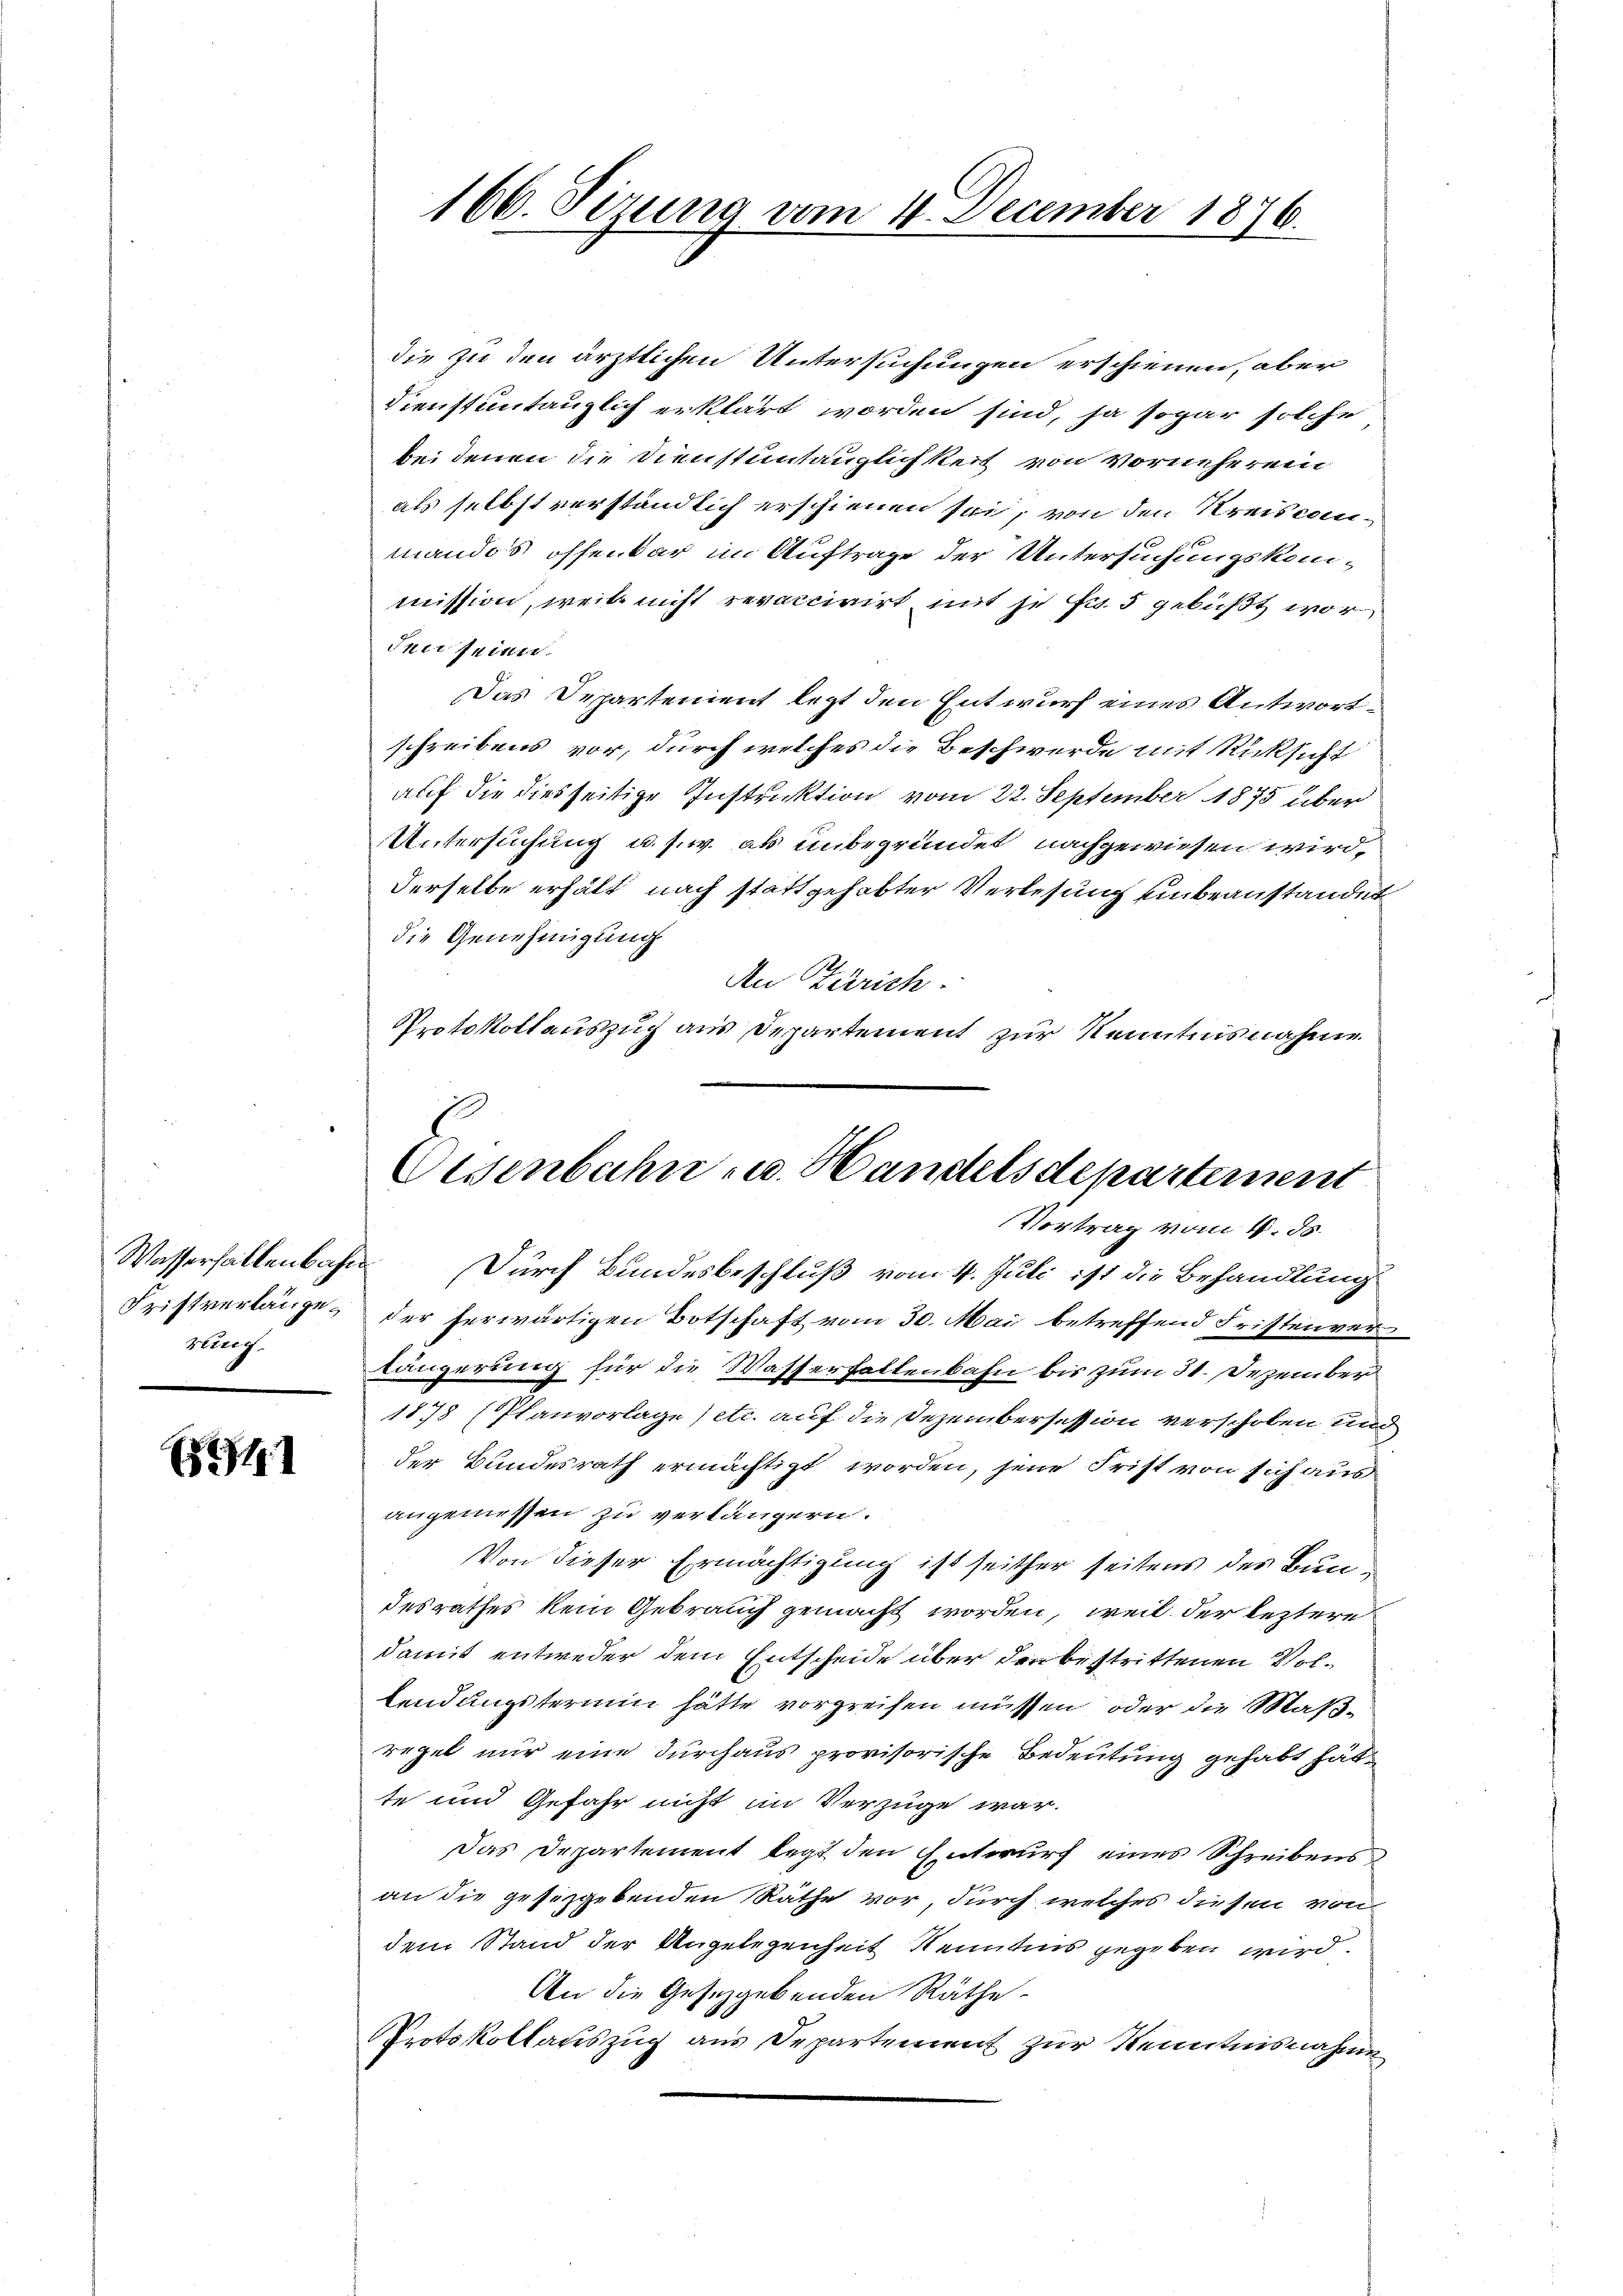
geeng.

81

die zu den ärztlichen Untersuchungen erschienen, aber
Dienstuntauglich erklärt worden sind, ja sogar solche
bei denen die Dienstuntauglichkeit von vorneherein
als selbst verständlich erschienen sei, von den Kreiseanmandos offenbar im Auftrage der Untersuchungskommission, weil nicht revaccirirt mit je fr 5 gebüßt wor
den seiner
Das Departement legt den Entwurf eines Antwortschreibens vor, durch welches die Beschwerde mit Rücksicht
auf die diesseitige Instruktion vom 22. September 1875 über
Untersuchung u. s. w. ab unbegründet nachgewiesen wird,
derselbe erhält nach stattgehabter Verlesung unbeanstandet
die Genehmigung
An Zürich.
Protokollauszug aus Departement zur Kenntnisnahme

Wasserfallenbahn. Durch Bundesbeschluß vom 4. Juli ist die Behandlung
Fristverlänge, der herwärtigen Botschaft vom 30. Mai betreffend Fristenver
längerung für die Wasserhaltenbahn bis zum 31. Dezember
1878 (Planvorlage) etc. auf die Dezembersession verschoben und
der Bundesrath ermächtigt worden, jene Frist von sich aus
angemessen zu verlängern.
Von dieser Ermächtigung ist seither seitens des Bundesrathes kein Gebrauch gemacht worden, weil der leztere
damit entweder dem Entscheide über den bestrittenen Vollendungstermin hätte vorgreifen müssen, oder die Maßregel nur eine durchaus provisorische Bedeutung gehabt hätte und Gefahr nicht im Verzüge war.
Das Departement legt den Entwurf eines Schreibens
an die gesetzgebenden Räthe vor, durch welches diesen von
dem Stand der Angelegenheit Kenntnis gegeben wird.
An die Gesezgebenden Räthe
rotokollauszug aus Departement zur Kenntnisnahme

166. Sizung vom 4. December 1876.

Oesenbahn u. Handelsdepartemen
Vortrag vom 4. ds.